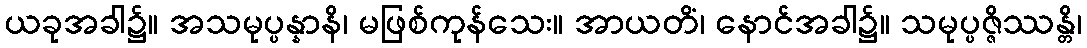
ယခုအခါ၌။ အသမုပ္ပန္နာနိ၊ မဖြစ်ကုန်သေး။ အာယတိံ၊ နောင်အခါ၌။ သမုပ္ပဇ္ဇိဿန္တိ၊